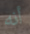
أنه